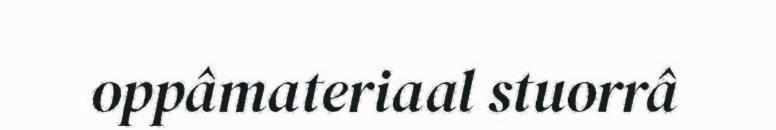
oppâmateriaal stuorrâ